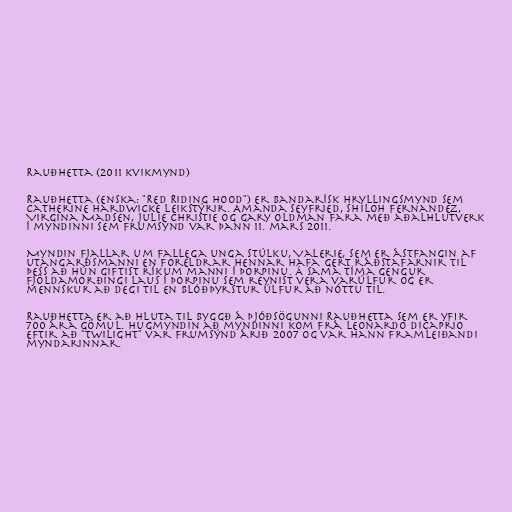
Rauðhetta (2011 kvikmynd)

Rauðhetta (enska: "Red Riding Hood") er bandarísk hryllingsmynd sem
Catherine Hardwicke leikstýrir. Amanda Seyfried, Shiloh Fernandez,
Virgina Madsen, Julie Christie og Gary Oldman fara með aðalhlutverk
í myndinni sem frumsýnd var þann 11. mars 2011.

Myndin fjallar um fallega unga stúlku, Valerie, sem er ástfangin af
utangarðsmanni en foreldrar hennar hafa gert ráðstafarnir til
þess að hún giftist ríkum manni í þorpinu. Á sama tíma gengur
fjöldamorðingi laus í þorpinu sem reynist vera varúlfur og er
mennskur að degi til en blóðþyrstur úlfur að nóttu til.

Rauðhetta er að hluta til byggð á þjóðsögunni Rauðhetta sem er yfir
700 ára gömul. Hugmyndin að myndinni kom frá Leonardo DiCaprio
eftir að "Twilight" var frumsýnd árið 2007 og var hann framleiðandi
myndarinnar.